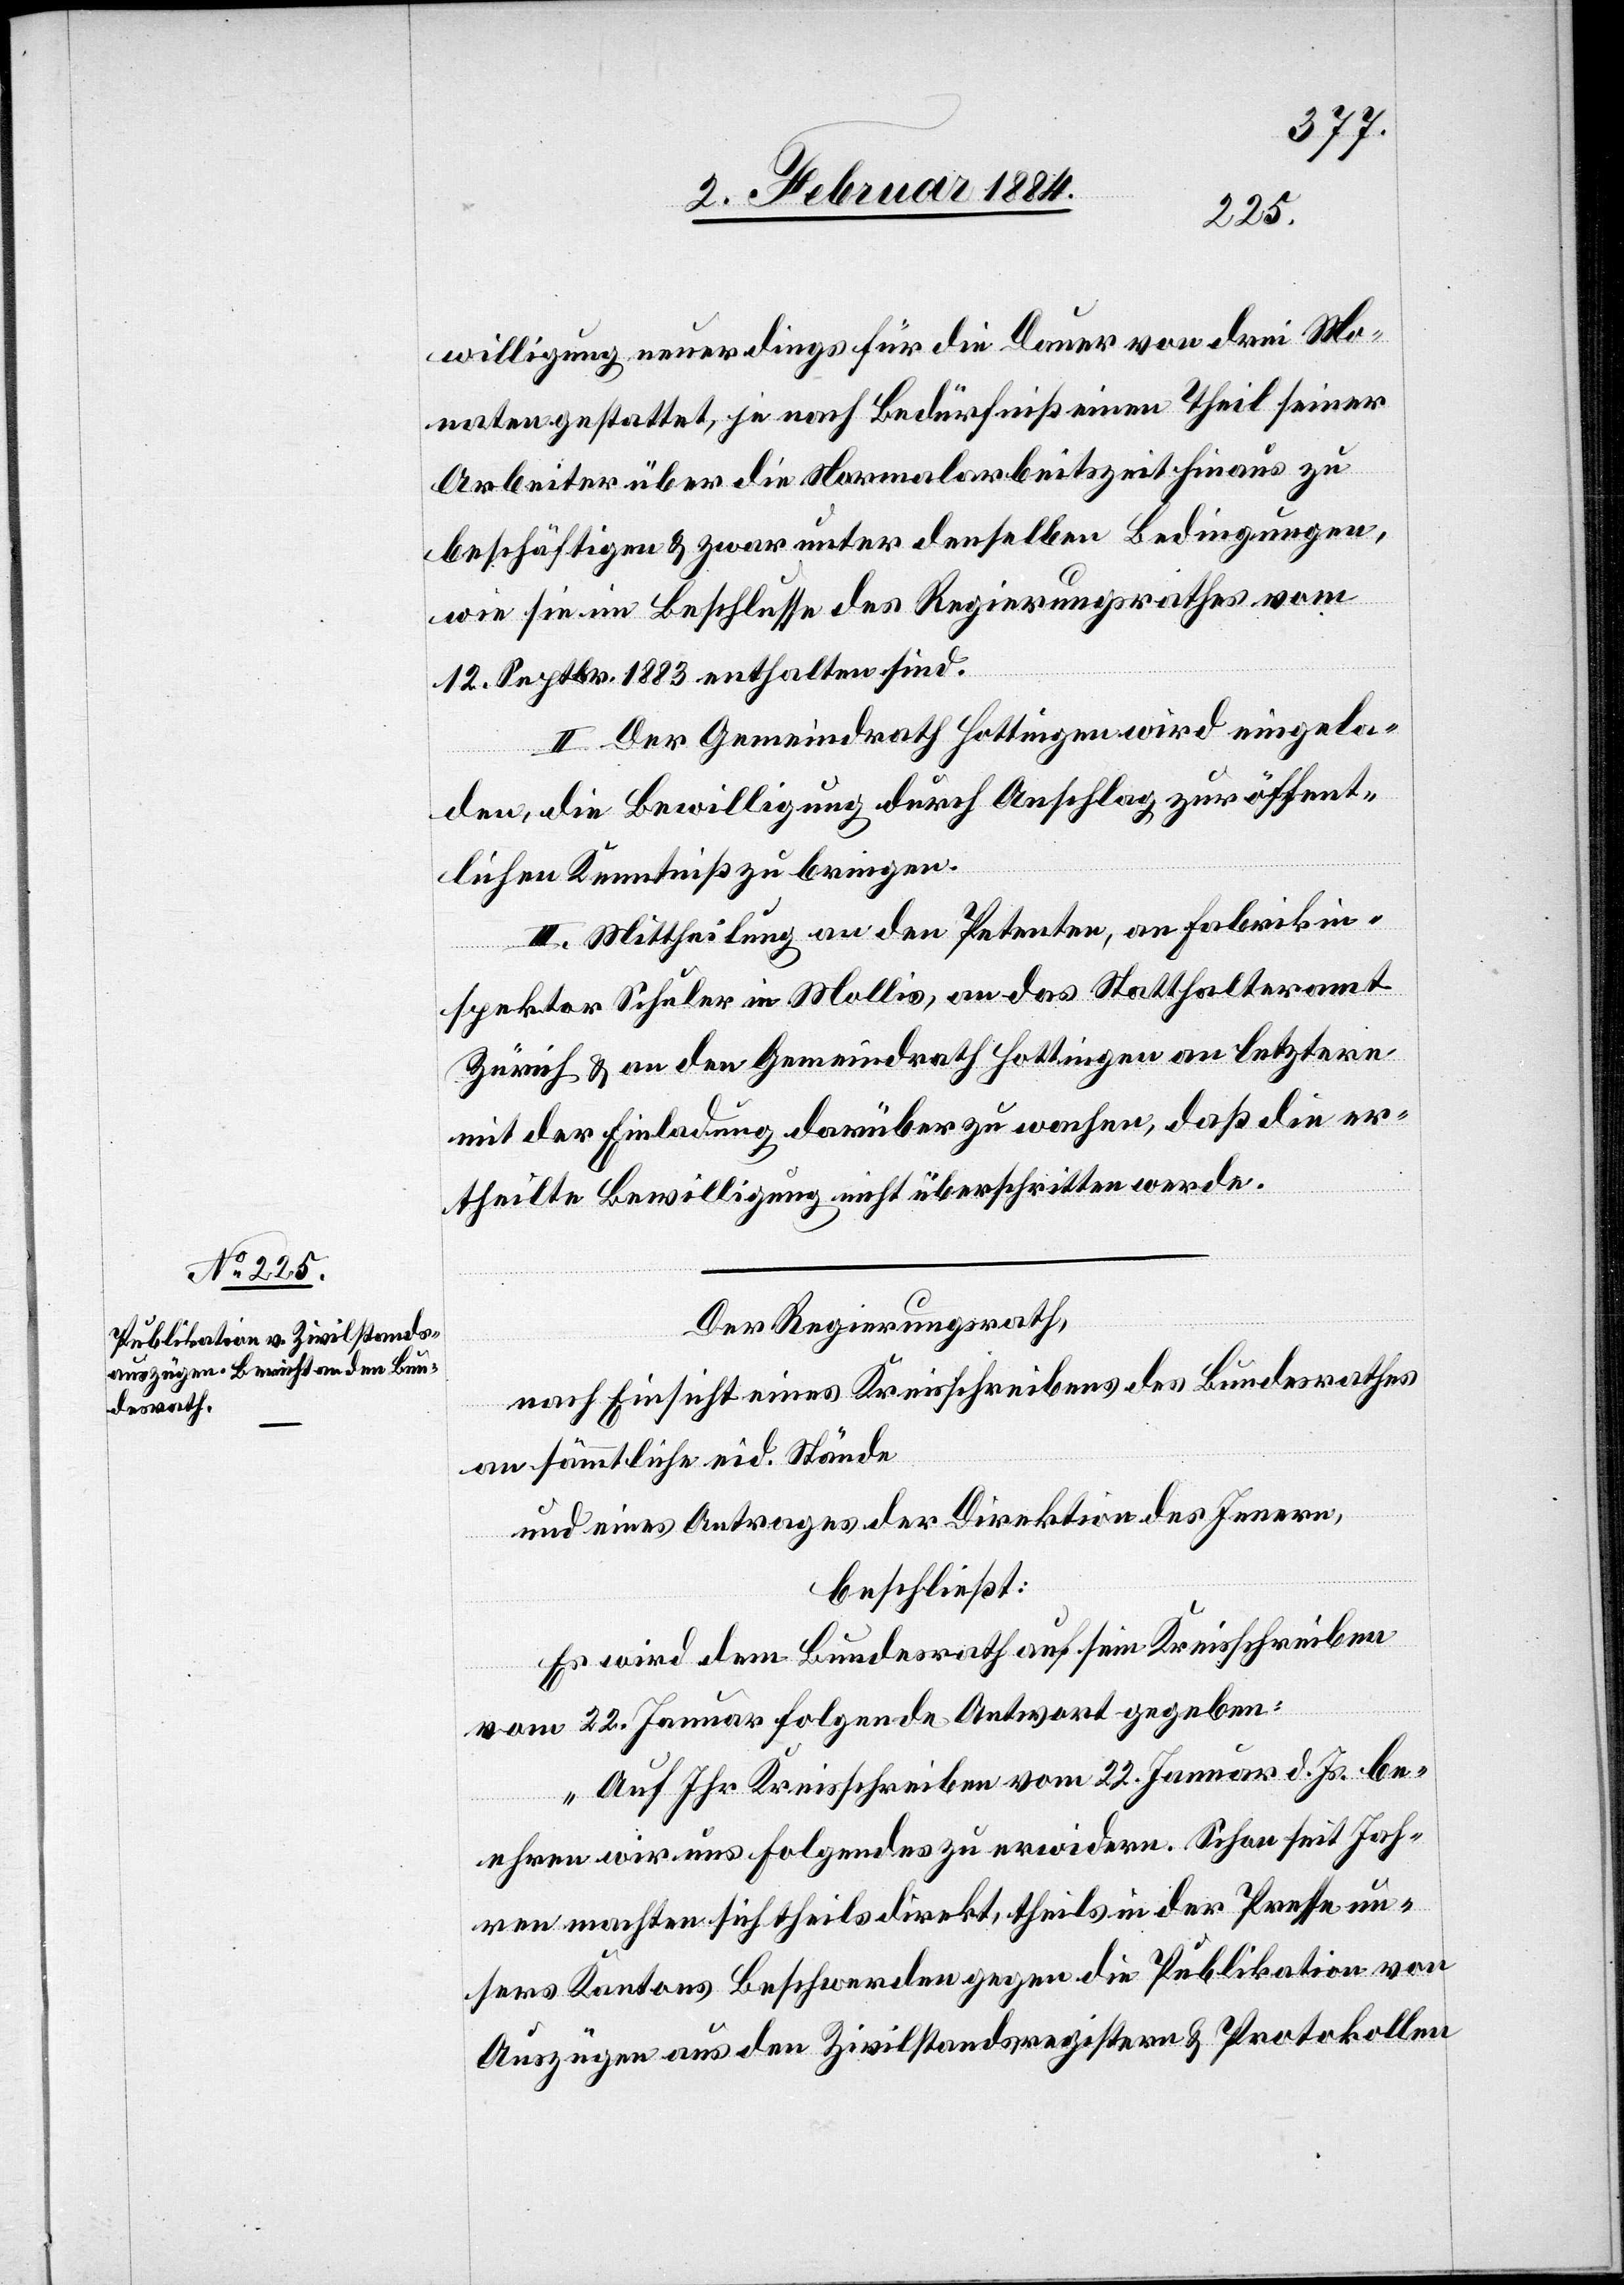
willigung neuerdings für die Dauer von drei Mo¬
naten gestattet, je nach Bedürfniß einen Theil seiner
Arbeiter über die Normalarbeitszeit hinaus zu
beschäftigen & zwar unter denselben Bedingungen,
wie sie im Beschlusse des Regierungsrathes vom
12. Septbr. 1883 enthalten sind.
II. Der Gemeindrath Hottingen wird eingela¬
den, die Bewilligung durch Abschlag zur öffent¬
lichen Kenntniß zu bringen.
III. Mittheilung an den Petenten, an Fabrikin¬
spektor Schuler in Mollis, an das Statthalteramt
Zürich & an den Gemeindrath Hottingen an letztere
mit der Einladung, darüber zu wachen, daß die er¬
theilte Bewilligung nicht überschritten werde.
Der Regierungsrath,
nach Einsicht eines Kreisschreibens des Bundesrathes
an sämmtliche eid. Stände
und eines Antrages der Direktion des Innern,
beschließt:
Es wird dem Bundesrath auf sein Kreisschreiben
vom 22. Januar folgende Antwort gegeben:
„Auf Ihr Kreisschreiben vom 22. Januar d. Js. be¬
ehren wir uns Folgendes zu erwidern: Schon seit Jah¬
ren machte sich theils direkt, theils in der Presse un¬
sers Kantons Beschwerde gegen die Publikation von
Auszügen aus den Zivilstandesregistern & Protokollen